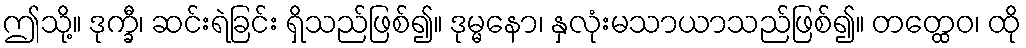
ဤသို့။ ဒုက္ခီ၊ ဆင်းရဲခြင်း ရှိသည်ဖြစ်၍။ ဒုမ္မနော၊ နှလုံးမသာယာသည်ဖြစ်၍။ တတ္ထေဝ၊ ထို